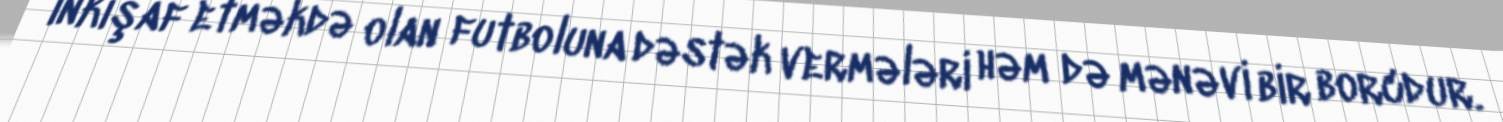
inkişaf etməkdə olan futboluna dəstək vermələri həm də mənəvi bir borcdur.